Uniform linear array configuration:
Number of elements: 12
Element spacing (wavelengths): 1
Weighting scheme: kaiser
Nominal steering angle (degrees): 15
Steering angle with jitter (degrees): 14.248
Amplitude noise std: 0.05
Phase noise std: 0.05

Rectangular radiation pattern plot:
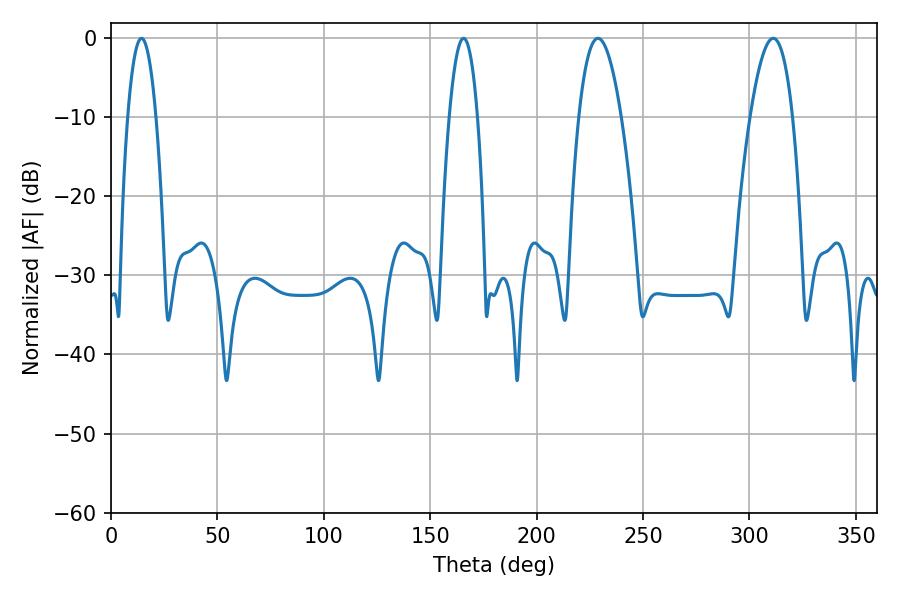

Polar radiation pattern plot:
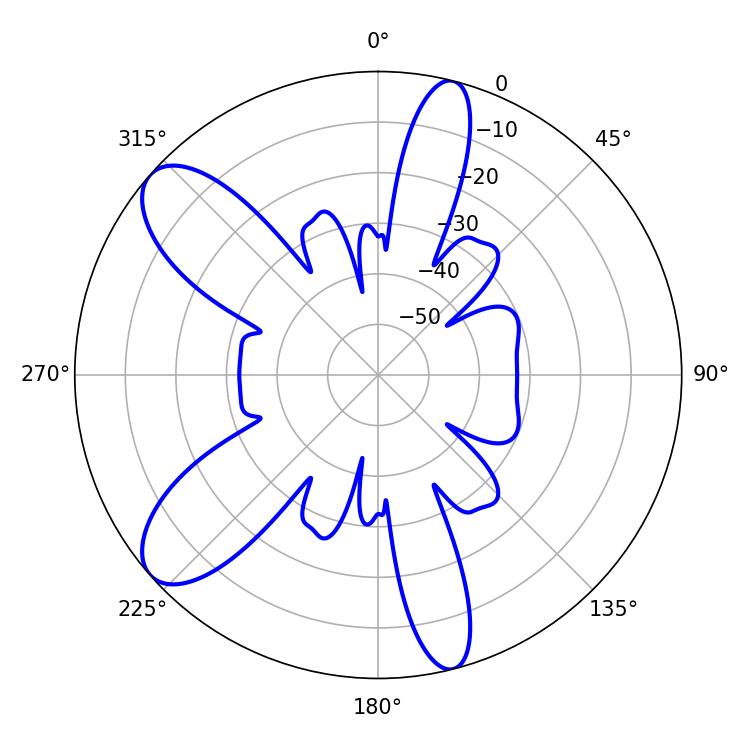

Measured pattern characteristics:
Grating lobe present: TRUE
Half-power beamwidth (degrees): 10.98
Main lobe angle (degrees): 228.78